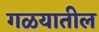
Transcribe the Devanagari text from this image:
गळयातील